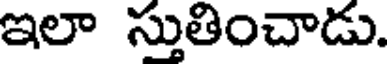
ఇలా స్తుతించాడు.